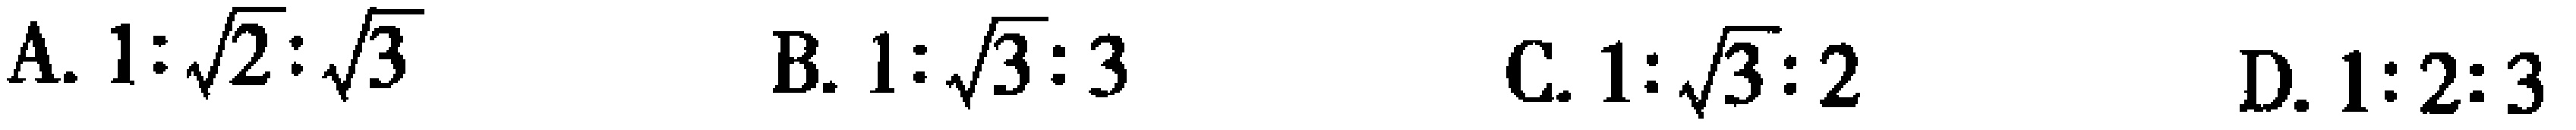
A. \(1:\sqrt{2}:\sqrt{3}\)  B. \(1:\sqrt{3}:3\)  C. \(1:\sqrt{3}:2\)  D. \(1:2:3\)